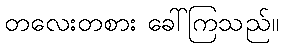
တလေးတစား ခေါ်ကြသည်။